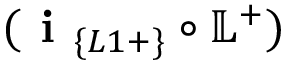
( \textbf { i } _ { \{ L 1 + \} } \circ \mathbb { L } ^ { + } )